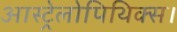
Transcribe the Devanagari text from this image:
आस्ट्रेलोपिथिक्स।